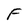
Character: F